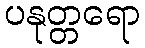
ပနုတ္တရော